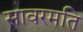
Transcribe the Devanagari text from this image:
सावरमति